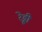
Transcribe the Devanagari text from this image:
रे़ड्डी